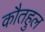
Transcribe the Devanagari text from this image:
कौतहुल